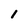
Character: 1